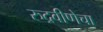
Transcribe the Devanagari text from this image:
रुद्रवीणेचा